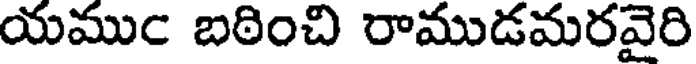
యముఁ బఠించి రాముడమరవైరి